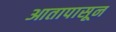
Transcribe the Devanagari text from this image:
आतापासून